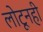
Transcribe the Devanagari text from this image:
लोटूनही